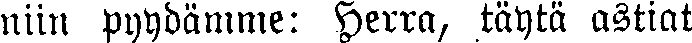
niin pyydämme: Herra, täytä astiat